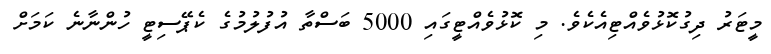
މީޓަރު ދިގުކޮޅުވެއްޓިއެކެވެ. މި ކޮޅުވެއްޓީގައި 5000 ބަސްތާ އުފުލުމުގެ ކެޕޭސިޓީ ހުންނާނެ ކަމަށް